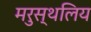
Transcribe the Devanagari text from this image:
मरुस्थलिय